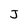
Character: J